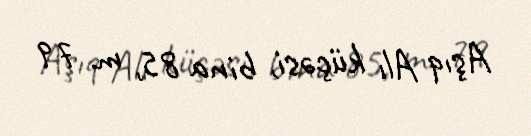
Aşıq Alı küçəsi, bina 85, m. 79